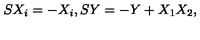
S X _ { i } = - X _ { i } , S Y = - Y + X _ { 1 } X _ { 2 } ,